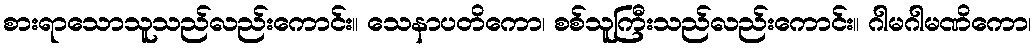
စားရာသောသူသည်လည်းကောင်း။ သေနာပတိကော၊ စစ်သူကြီးသည်လည်းကောင်း။ ဂါမဂါမဏိကော၊